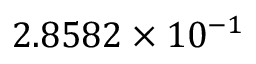
2 . 8 5 8 2 \times 1 0 ^ { - 1 }